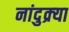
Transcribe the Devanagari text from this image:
नांदुक्र्या